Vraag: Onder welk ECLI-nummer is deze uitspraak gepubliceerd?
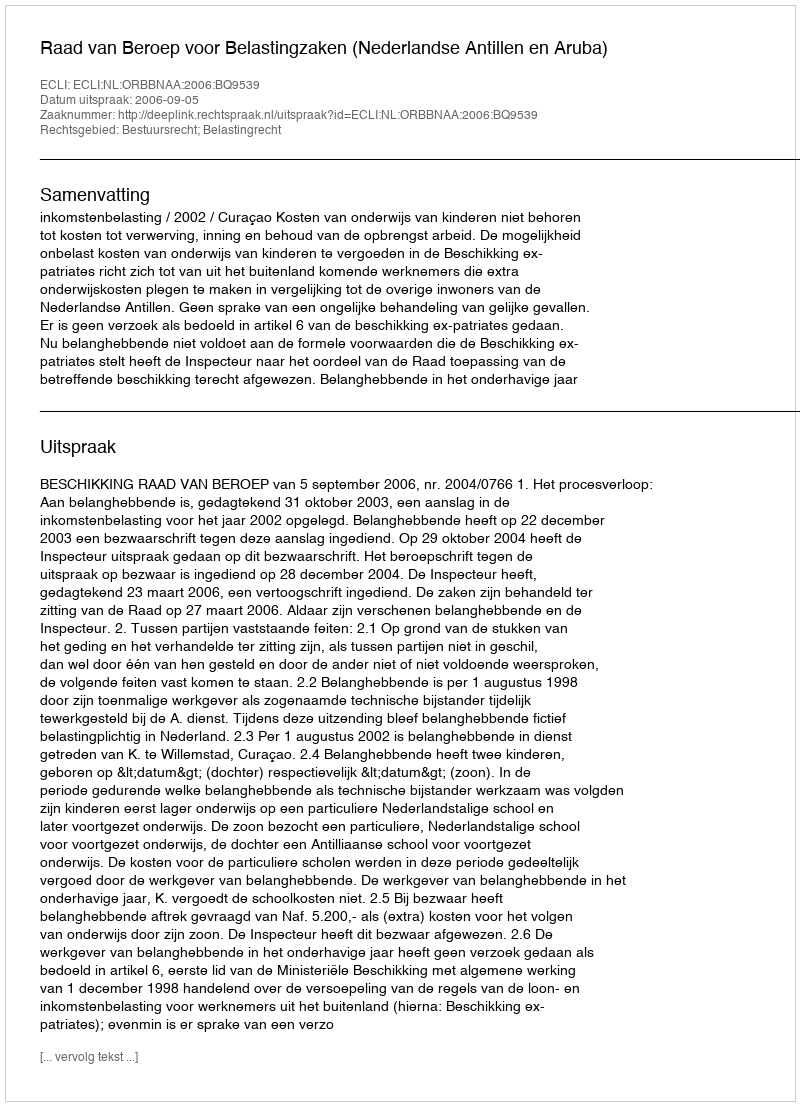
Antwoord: ECLI:NL:ORBBNAA:2006:BQ9539